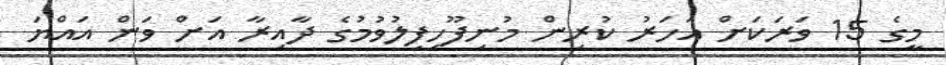
މީގެ 15 ވަރަކަށް އަހަރު ކުރިން މުނިފޫހިފިލުވުމުގެ ދާއިރާ އަށް ވަން އައްޔަ